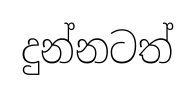
දුන්නටත්